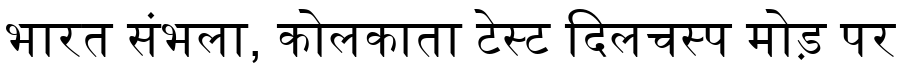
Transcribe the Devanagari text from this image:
भारत संभला, कोलकाता टेस्ट दिलचस्प मोड़ पर